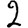
Digit: 2